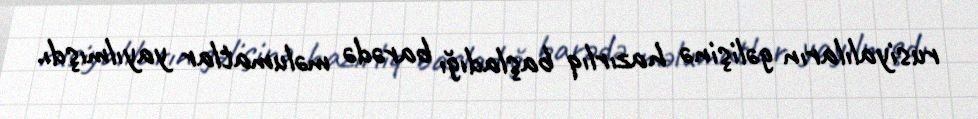
rusiyalıların gəlişinə hazırlıq başladığı barədə məlumatlar yayılmışdı.